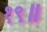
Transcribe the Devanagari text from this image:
१९॥